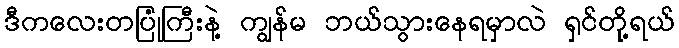
ဒီကလေးတပြုံကြီးနဲ့ ကျွန်မ ဘယ်သွားနေရမှာလဲ ရှင်တို့ရယ်